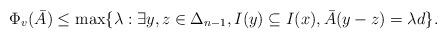
LaTeX: \begin{align*}\Phi_v(\bar{A}) \le \max\{\lambda : \exists y,z\in \Delta_{n-1}, I(y) \subseteq I(x), \bar{A}(y-z) = \lambda d\}.\end{align*}